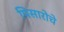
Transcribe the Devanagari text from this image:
पिसारोचे